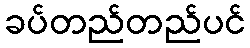
ခပ်တည်တည်ပင်